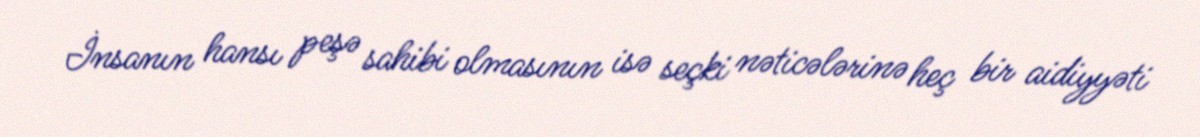
İnsanın hansı peşə sahibi olmasının isə seçki nəticələrinə heç bir aidiyyəti